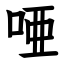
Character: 唖